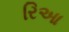
રિઆ